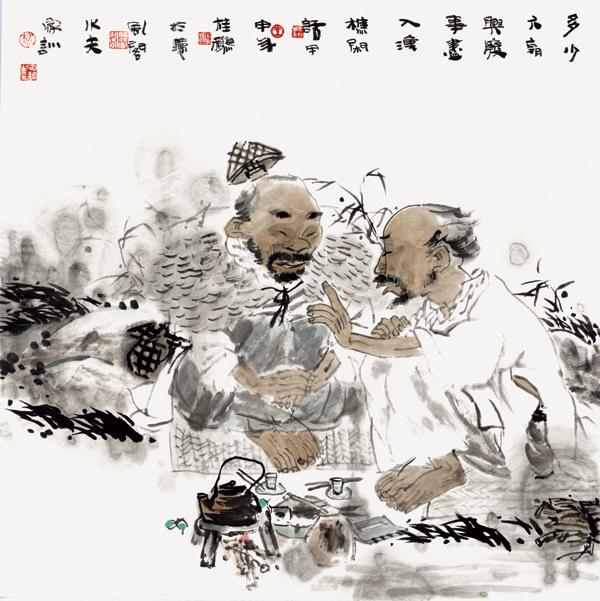
多少六朝兴废事，尽入渔樵闲话。